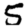
Digit: 5